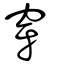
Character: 穿